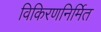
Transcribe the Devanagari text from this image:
विकिरणनिर्मित